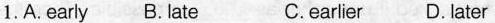
1.A.early B. late C.earlier D.later